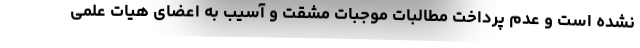
نشده است و عدم پرداخت مطالبات موجبات مشقت و آسیب به اعضای هیات علمی